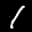
Label: 1